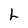
Character: L